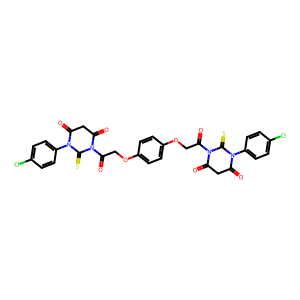
SMILES: O=C(COc1ccc(OCC(=O)N2C(=O)CC(=O)N(c3ccc(Cl)cc3)C2=S)cc1)N1C(=O)CC(=O)N(c2ccc(Cl)cc2)C1=S
Inhibits HIV replication: No